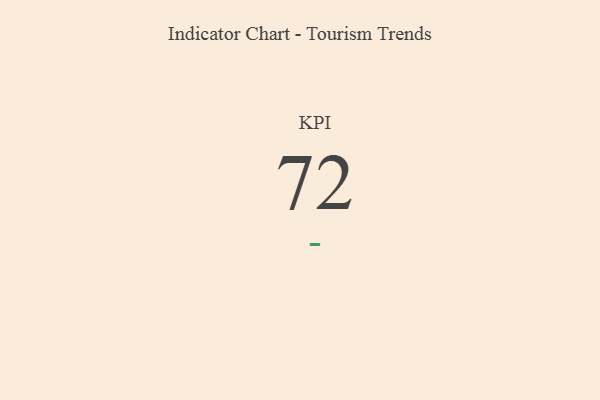
{"axis": {"x": "KPI", "y": "Value"}, "legend": [""], "data": [{"x": "KPI", "y": 72, "type": ""}]}